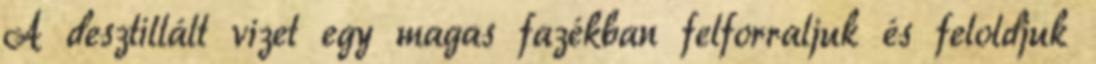
A desztillált vizet egy magas fazékban felforraljuk és feloldjuk